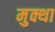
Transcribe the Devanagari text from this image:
मुक्था